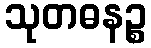
သုတဓနဉ္စ